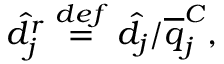
\hat { d } _ { j } ^ { r } \overset { d e f } { = } \hat { d } _ { j } / \overline { { q } } _ { j } ^ { C } ,